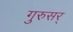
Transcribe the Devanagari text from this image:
गुरुसर्